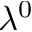
\lambda ^ { 0 }